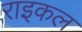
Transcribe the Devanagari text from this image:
राइकल